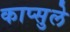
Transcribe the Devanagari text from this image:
काप्सुले